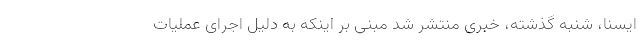
ایسنا، شنبه گذشته، خبری منتشر شد مبنی بر اینکه به دلیل اجرای عملیات